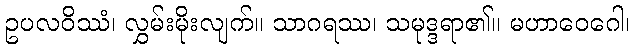
ဥပလဝိဿံ၊ လွှမ်းမိုးလျက်။ သာဂရဿ၊ သမုဒ္ဒရာ၏။ မဟာဝေဂေါ၊